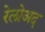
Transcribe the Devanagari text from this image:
रेलोअद